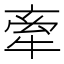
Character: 牽